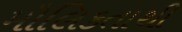
મૌલિકતાથી